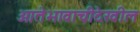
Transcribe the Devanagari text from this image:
आतेभावाचीदेखील